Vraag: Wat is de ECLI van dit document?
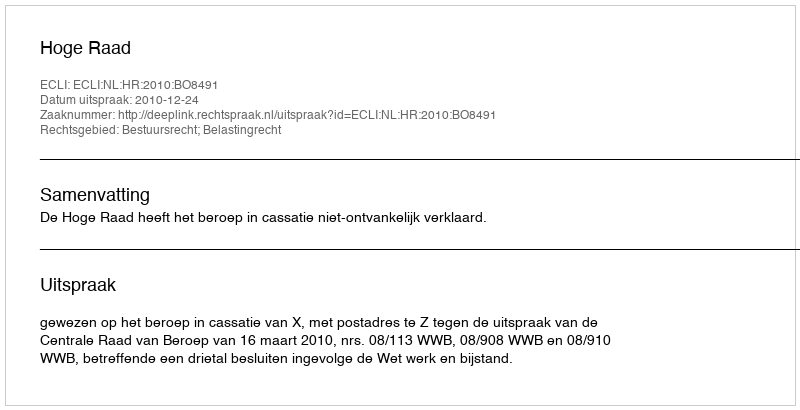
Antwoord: ECLI:NL:HR:2010:BO8491